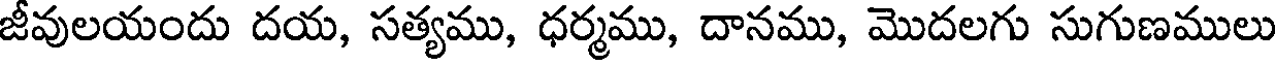
జీవులయందు దయ, సత్యము, ధర్మము, దానము, మొదలగు సుగుణములు